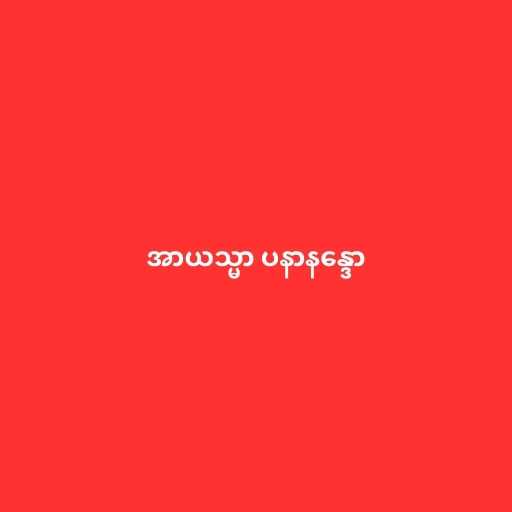
အာယသ္မာ ပနာနန္ဒော